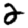
Digit: 2